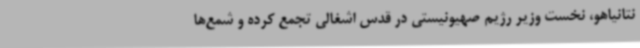
نتانیاهو، نخست وزیر رژیم صهیونیستی در قدس اشغالی تجمع کرده و شمع‌ها